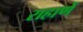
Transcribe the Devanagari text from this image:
राहाणें